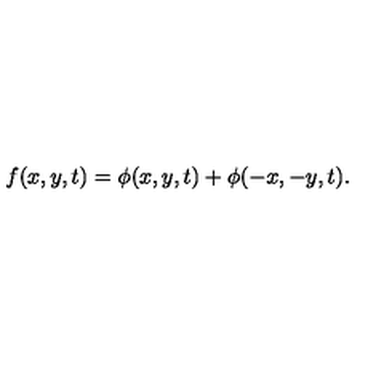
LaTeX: f ( x , y , t ) = \phi ( x , y , t ) + \phi ( - x , - y , t ) .